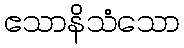
ဧသာနိသံသော